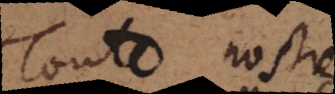
Toute nostre